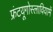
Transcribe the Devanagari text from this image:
फ्रंटयूगोस्लावियामें